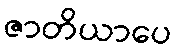
ဇာတိယာပေ